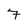
Character: 7